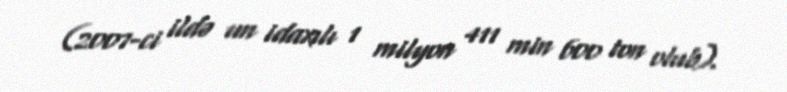
(2007-ci ildə un idaxılı 1 milyon 411 min 600 ton olub).